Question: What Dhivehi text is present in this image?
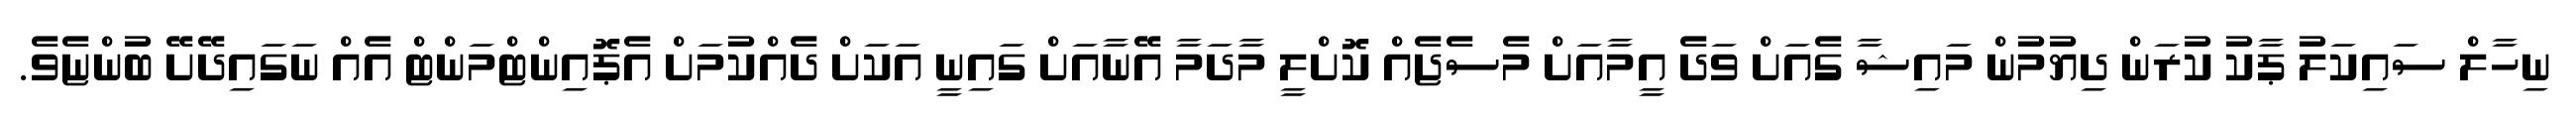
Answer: ނިހާލް ސައިކަލު ޕާކު ކުރަން ދިޔުމުން މައިޝާ ގެއަށް ވަދެ އީމާއަށް މެސެޖެއް ކޮށްލީ މާދަމާ އޭނާއަށް ގައިނީ އަކަށް ދެއްކުމަށް އެޕޮއިންޓްމަންޓް އެއް ނަގައިދޭށޭ ބުންޏެވެ.